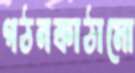
গঠনকাঠামো